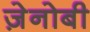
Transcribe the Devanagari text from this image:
ज़ेनोबी